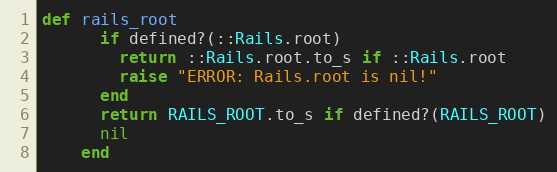
Language: Ruby
def rails_root
      if defined?(::Rails.root)
        return ::Rails.root.to_s if ::Rails.root
        raise "ERROR: Rails.root is nil!"
      end
      return RAILS_ROOT.to_s if defined?(RAILS_ROOT)
      nil
    end